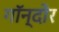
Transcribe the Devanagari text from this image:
गॉन्दोर